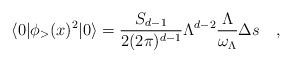
LaTeX: \begin{align*}\langle 0|\phi_>(x)^2|0\rangle={S_{d-1}\over 2(2\pi)^{d-1}}\Lambda^{d-2}{\Lambda\over\omega_\Lambda}\Delta s\quad,\end{align*}